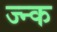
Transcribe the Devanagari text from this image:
ज्न्क